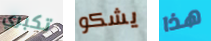
تكبري يشكو هذا